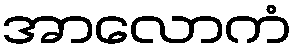
အာလောကံ